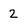
Character: 2